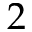
2